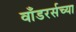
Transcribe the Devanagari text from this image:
वाँडरर्सच्या